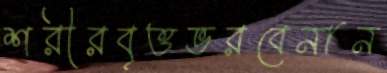
শরীরবৃত্তভরবেনান